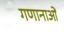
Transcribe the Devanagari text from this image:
गणानाओं